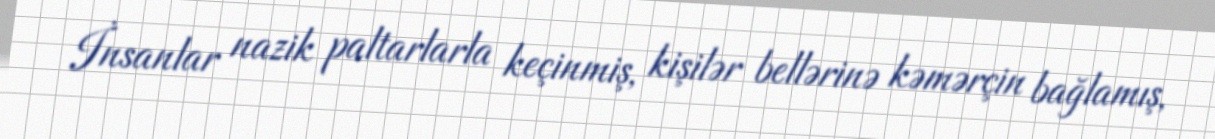
İnsanlar nazik paltarlarla keçinmiş, kişilər bellərinə kəmərçin bağlamış,